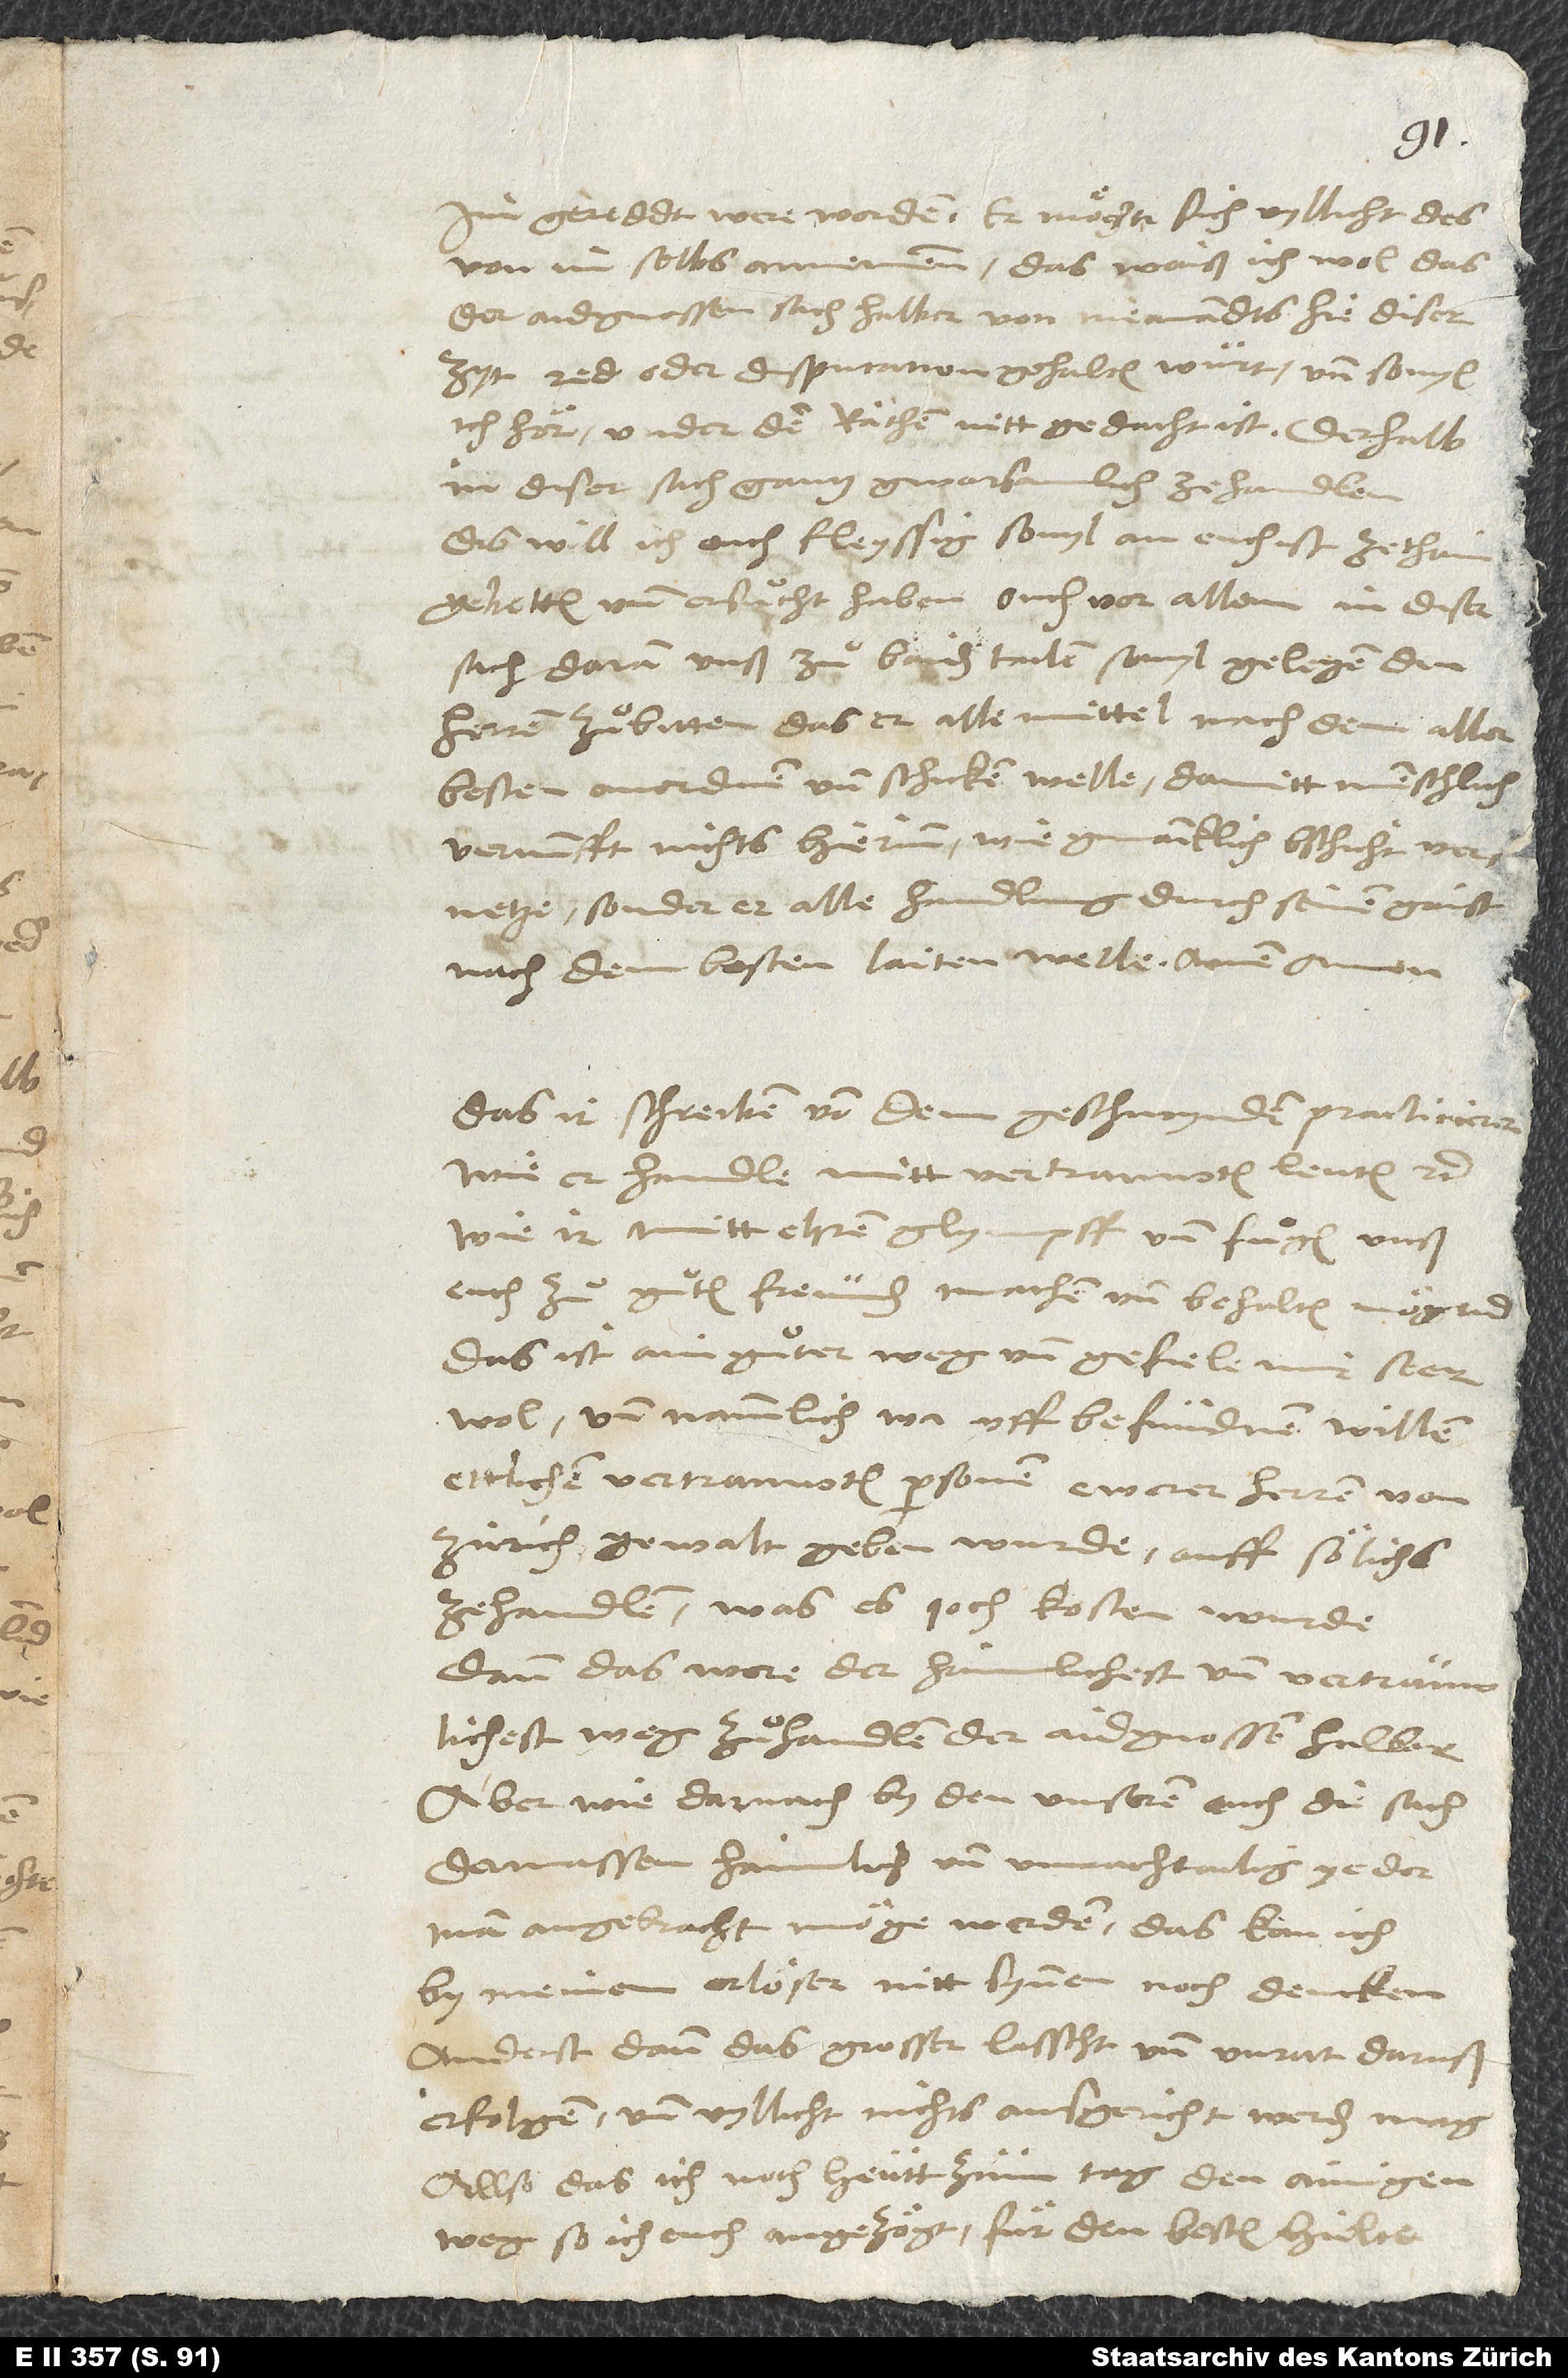
30.
im gereddt were worden. Er möchte sich vyllicht des
von im selbs annemmen. Das waiß ich wol, das
der aidgnossen sach halber von niemandts hie diser
zyt red oder disputation gehalten wurt und, so vyl
ich hör, under den räthen nitt gedacht ist. Derhalb
in diser sach gantz gwarsamlich zehandlen.
Dis will ich ouch fleyssig, sovyl an euch ist, zethain
gebetten und ersuͦcht haben, ouch vor allem in diser
sach, daran unß zuͦ baiden tailen sovyl gelegen, den
herren zuͦbitten, das er alle mittel nach dem aller
besten anordnen und schicken welle, damitt menschlich
vernunfft nichts hierinn, wie gmainklich bschicht, vernetze,
sonder er alle handlung durch seinen gaist
nach dem besten laiten welle. Amen, amen.
Das ir schreiben von dem geschwynden practicierer,
wie er handle mitt vertrauwten leuten etc.,
wie ir mitt ehren, glympff und fuͦgen unß
euch zuͦ guͦten freunden machen und behalten mögind,
das ist ain guͦter weg und gefiele mir seer
wol und nammlich, wa uff befundnen willen
ettlichen vertrauwten personen ewerer herren von
Zürich gewalt geben wurde, auff sölichs
zehandlen, was es joch kosten wurde;
dann das were der haimlichest und vertrauwlichest
weg zuͦhandlen der aidgnossen halber.
Aber wie darnach by den unseren ouch die sach
dermassen haimlich und unnachtailig yeder
man angebracht möge werden, das kan ich
by meinem erlöser nitt synnen noch dencken,
anders dann das grosser lasscht und unrat daruß
erfolgen und vyllicht nichts ausgericht werden mag,
allso das ich noch heutt zum tag den ainigen
weg, so ich euch angezögt, für den besten hielte;